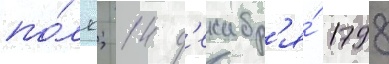
по́лк; 14 д'екабр'я́ 1798